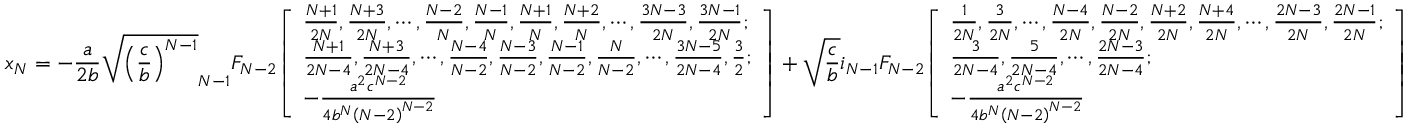
x _ { N } = - { \frac { a } { 2 b } } { \sqrt { \left( { \frac { c } { b } } \right) ^ { N - 1 } } } _ { N - 1 } F _ { N - 2 } { \left[ \begin{array} { l } { { \frac { N + 1 } { 2 N } } , { \frac { N + 3 } { 2 N } } , \cdots , { \frac { N - 2 } { N } } , { \frac { N - 1 } { N } } , { \frac { N + 1 } { N } } , { \frac { N + 2 } { N } } , \cdots , { \frac { 3 N - 3 } { 2 N } } , { \frac { 3 N - 1 } { 2 N } } ; } \\ { { \frac { N + 1 } { 2 N - 4 } } , { \frac { N + 3 } { 2 N - 4 } } , \cdots , { \frac { N - 4 } { N - 2 } } , { \frac { N - 3 } { N - 2 } } , { \frac { N - 1 } { N - 2 } } , { \frac { N } { N - 2 } } , \cdots , { \frac { 3 N - 5 } { 2 N - 4 } } , { \frac { 3 } { 2 } } ; } \\ { - { \frac { a ^ { 2 } c ^ { N - 2 } } { 4 b ^ { N } \left( N - 2 \right) ^ { N - 2 } } } } \end{array} \right] } + { \sqrt { \frac { c } { b } } } i _ { N - 1 } F _ { N - 2 } { \left[ \begin{array} { l } { { \frac { 1 } { 2 N } } , { \frac { 3 } { 2 N } } , \cdots , { \frac { N - 4 } { 2 N } } , { \frac { N - 2 } { 2 N } } , { \frac { N + 2 } { 2 N } } , { \frac { N + 4 } { 2 N } } , \cdots , { \frac { 2 N - 3 } { 2 N } } , { \frac { 2 N - 1 } { 2 N } } ; } \\ { { \frac { 3 } { 2 N - 4 } } , { \frac { 5 } { 2 N - 4 } } , \cdots , { \frac { 2 N - 3 } { 2 N - 4 } } ; } \\ { - { \frac { a ^ { 2 } c ^ { N - 2 } } { 4 b ^ { N } \left( N - 2 \right) ^ { N - 2 } } } } \end{array} \right] }